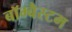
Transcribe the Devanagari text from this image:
बॉम्बैस्टम